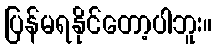
ပြန်မရနိုင်တော့ပါဘူး။